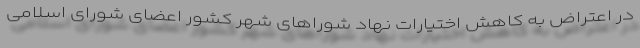
در اعتراض به کاهش اختیارات نهاد شوراهای شهر کشور اعضای شورای اسلامی